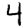
Digit: 4